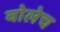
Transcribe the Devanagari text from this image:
वोलेच